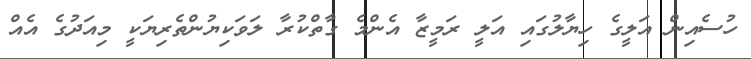
ހުސެއިން އަލީގެ ހިޔާލުގައި އަލީ ރަމީޒާ އެންމެ ގާތްކުރާ ލަވަކިޔުންތެރިޔަކީ މިއަދުގެ އެއް